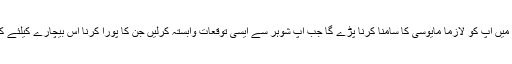
خصوصاً اس صورت میں آپ کو لازماً مایوسی کا سامنا کرنا پڑے گا جب آپ شوہر سے ایسی توقعات وابستہ کرلیں جن کا پورا کرنا اس بیچارے کیلئے کسی طور ممکن نہ ہو۔